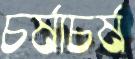
চর্ষাচর্ষ